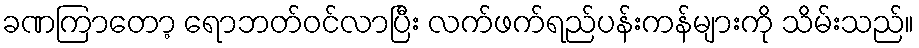
ခဏကြာတော့ ရောဘတ်ဝင်လာပြီး လက်ဖက်ရည်ပန်းကန်များကို သိမ်းသည်။